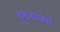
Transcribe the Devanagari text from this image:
कुशनाभाचा